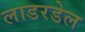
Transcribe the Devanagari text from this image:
लाडरडेल